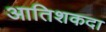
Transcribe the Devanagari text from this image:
आतिशकदा